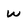
Character: W